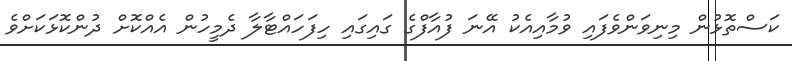
ކަސްތޮޅުން މިނިވަންވެފައި ވުމާއިއެކު އޭނަ ފުއާފްގެ ގައިގައި ހިފަހައްޓާލާ ދެމީހުން އެއްކޮށް ދުންކޮޅަކަށްވެ